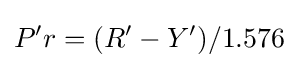
P'r=(R'-Y')/1.576